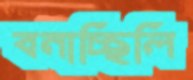
বনাচ্ছিলি